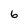
Character: 6